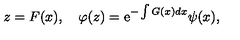
z = F ( x ) , \quad \varphi ( z ) = \mathrm { e } ^ { - \int G ( x ) d x } \psi ( x ) ,